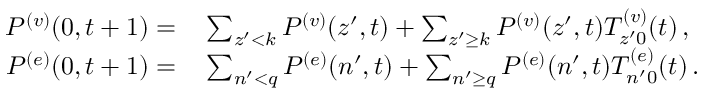
\begin{array} { r } { \begin{array} { r l } { P ^ { ( v ) } ( 0 , t + 1 ) = } & { { } \sum _ { z ^ { \prime } < k } P ^ { ( v ) } ( z ^ { \prime } , t ) + \sum _ { z ^ { \prime } \ge k } P ^ { ( v ) } ( z ^ { \prime } , t ) T _ { z ^ { \prime } 0 } ^ { ( v ) } ( t ) \, , } \\ { P ^ { ( e ) } ( 0 , t + 1 ) = } & { { } \sum _ { n ^ { \prime } < q } P ^ { ( e ) } ( n ^ { \prime } , t ) + \sum _ { n ^ { \prime } \ge q } P ^ { ( e ) } ( n ^ { \prime } , t ) T _ { n ^ { \prime } 0 } ^ { ( e ) } ( t ) \, . } \end{array} } \end{array}